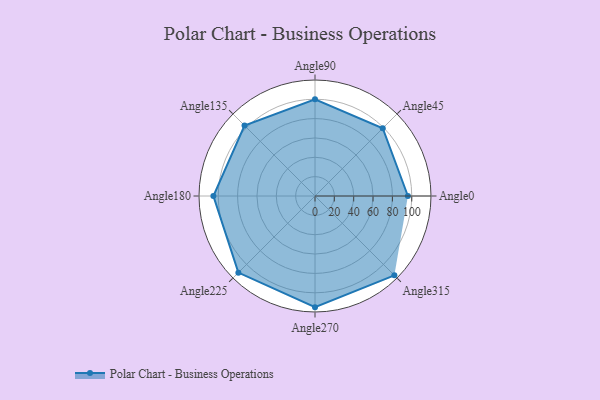
{"axis": {"x": "Angle", "y": "Radius"}, "legend": [""], "data": [{"x": "Angle0", "y": 96.0, "type": ""}, {"x": "Angle45", "y": 99.0, "type": ""}, {"x": "Angle90", "y": 100.0, "type": ""}, {"x": "Angle135", "y": 103.0, "type": ""}, {"x": "Angle180", "y": 105.0, "type": ""}, {"x": "Angle225", "y": 112.0, "type": ""}, {"x": "Angle270", "y": 115.0, "type": ""}, {"x": "Angle315", "y": 116.0, "type": ""}]}